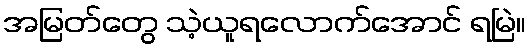
အမြတ်တွေ သဲ့ယူရလောက်အောင် ရမြဲ။